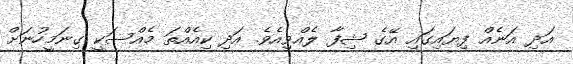
އަދި އަނެއް ފިޔައިގައި އޭގެ ޝިފާ ލެއްވިއެވެ. އަދި ކިއެއްތަ މެއްސަކީ ގިނަމީހުނަށް